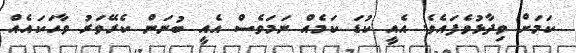
ކަމަށް ވިދާޅުވެފައެވެ. އެއީ ކުޑަ ކަމެއް ނަމަވެސް އެއީ ބުނަން ކެރޭވަރު ވާހަކައެއް